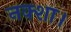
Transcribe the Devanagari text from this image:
नक्शा।